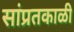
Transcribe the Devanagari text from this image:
सांप्रतकाळी